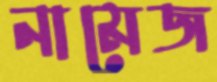
নামেজ